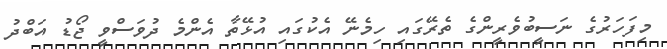
މިފަހަރުގެ ނަސީބުވެރީންގެ ތެރޭގައި ހިމެނޭ އެކުގައި އުޅޭތާ އެންމެ ދުވަސްވީ ޖޯޑު އަބްދު